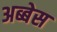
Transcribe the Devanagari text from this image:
अब्बेस